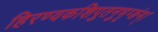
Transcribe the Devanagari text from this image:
हिरण्यकशिपुतनुभृग्ङंम्।